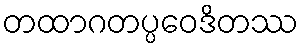
တထာဂတပ္ပဝေဒိတဿ